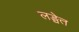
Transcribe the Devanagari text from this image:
लङ्घेत